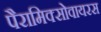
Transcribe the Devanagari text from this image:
पैरामिक्सोवायरस